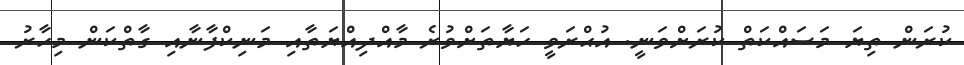
ކުރަން ތިޔަ މަސައްކަތް ކުރަށްވަނީ. އުޙްރަވީ ހަޔާތަށްވުރެ މާއްދިއްޔަތާއި މަނިކްފާނާއި ގާތްކަން މިހާރު